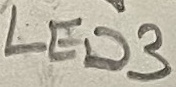
Text: LED3